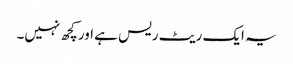
یہ ایک ریٹ ریس ہے اور کچھ نہیں۔